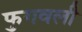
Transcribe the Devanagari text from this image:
फुगवली